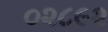
૦૨૮૯૨